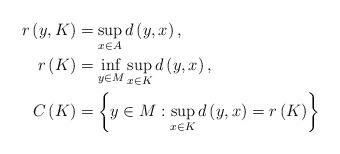
LaTeX: \begin{align*}r\left( y,K\right) & =\sup_{x\in A}d\left( y,x\right) , \\r\left( K\right) & =\inf_{y\in M}\sup_{x\in K}d\left( y,x\right) , \\C\left( K\right) & =\left\{ y\in M:\sup_{x\in K}d\left( y,x\right) =r\left(K\right) \right\}\end{align*}